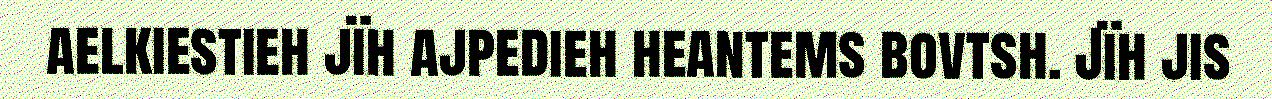
aelkiestieh jïh ajpedieh heantems bovtsh. Jïh jis